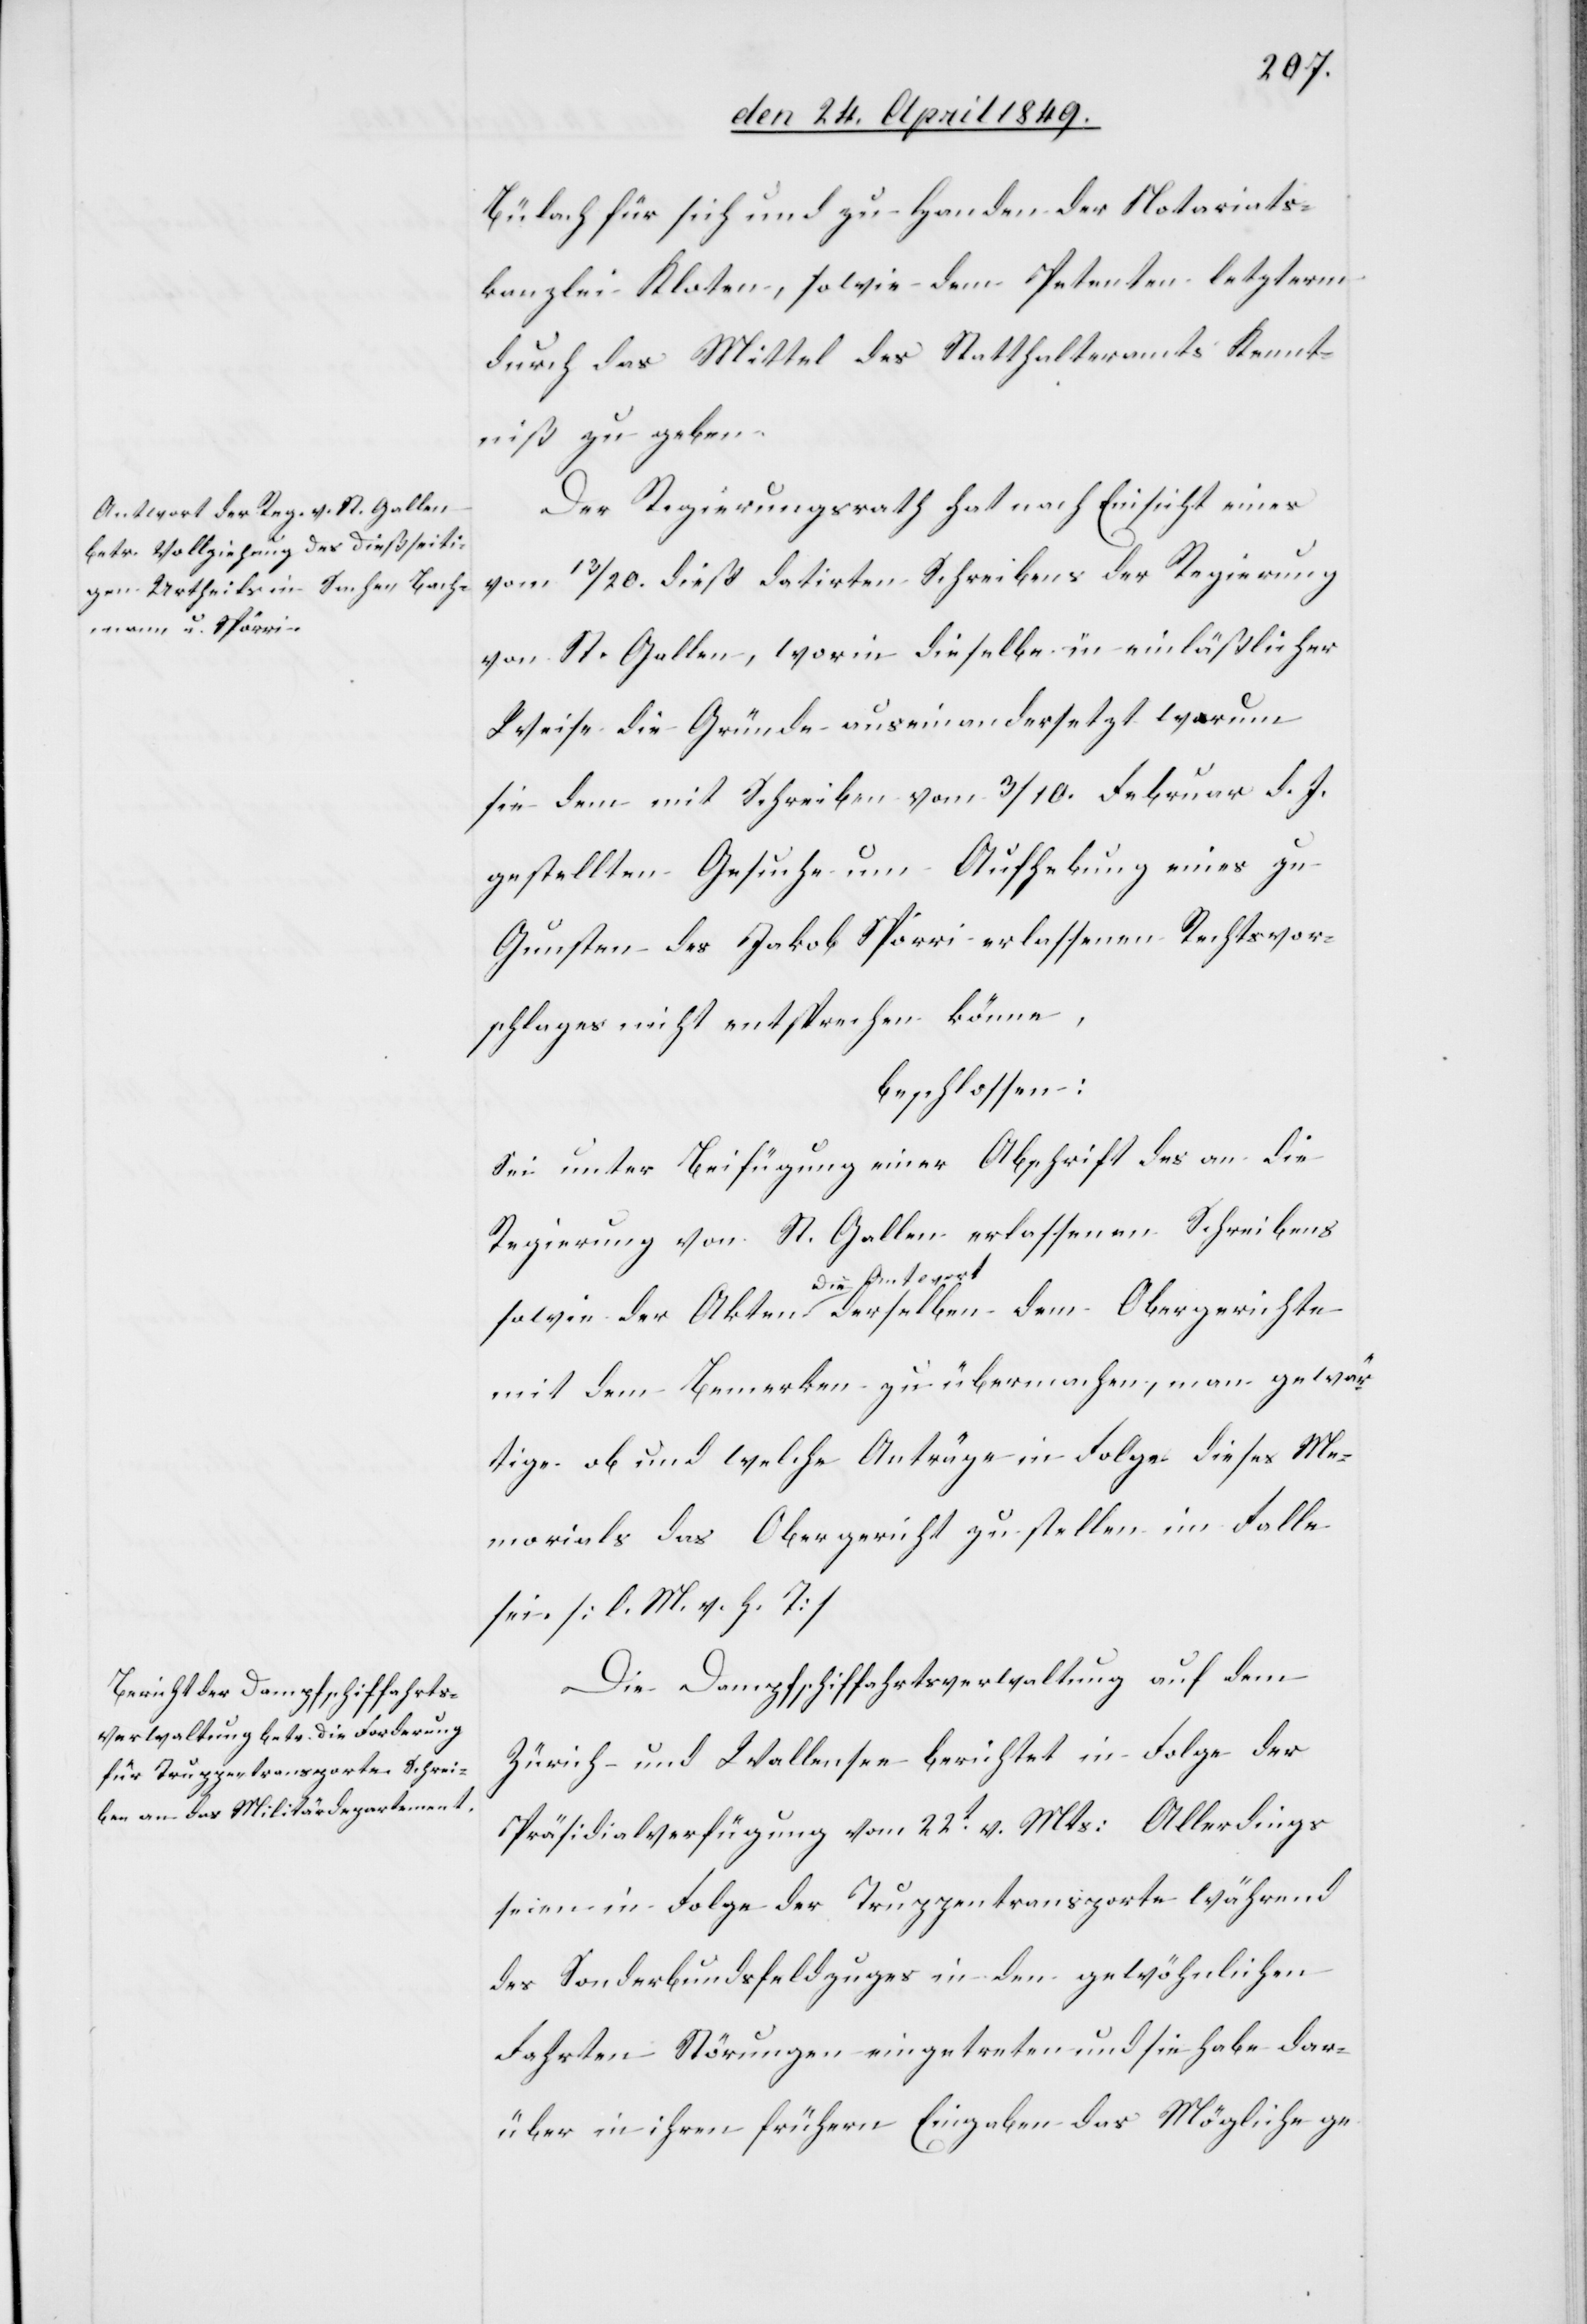
Bülach für sich und zu Handen der Notariats¬
kanzlei Kloten, sowie dem Petenten letzterm
durch das Mittel des Statthalteramts Kennt¬
niß zu geben.
Der Regierungsrath hat nach Einsicht eines
vom 13/20. dieß datirten Schreibens der Regierung
von St. Gallen, worin dieselbe in einläßlicher
Weise die Gründe auseinandersetzt warum
sie dem mit Schreiben vom 3/10. Februar d. J.
gestellten Gesuche um Aufhebung eines zu
Gunsten des Jakob Spörri erlassenen Rechtsvor¬
schlages nicht entsprechen könne,
beschlossen:
Sei unter Beifügung einer Abschrift des an die
Regierung von St. Gallen erlassenen Schreibens
mit dem Bemerken zu übermachen, man gewär¬
tige ob und welche Anträge in Folge dieses Me¬
morials das Obergericht zu stellen im Falle
sei [l. M. h. T][.]
Die Dampfschiffahrtsverwaltung auf dem
Zürich- und Wallensee berichtet in Folge der
Präsidialverfügung vom 22t v. Mts: Allerdings
seien in Folge der Truppentransporte während
des Sonderbundsfeldzuges in den gewöhnlichen
Fahrten Störungen eingetreten und sie habe dar¬
über in ihren frühern Eingaben das Mögliche ge-